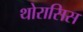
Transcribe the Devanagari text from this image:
थोरासिस